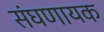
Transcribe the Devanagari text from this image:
संघणायक